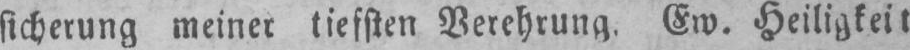
sicherung meiner tiefsten Verehrung. Ew. Heiligkeit